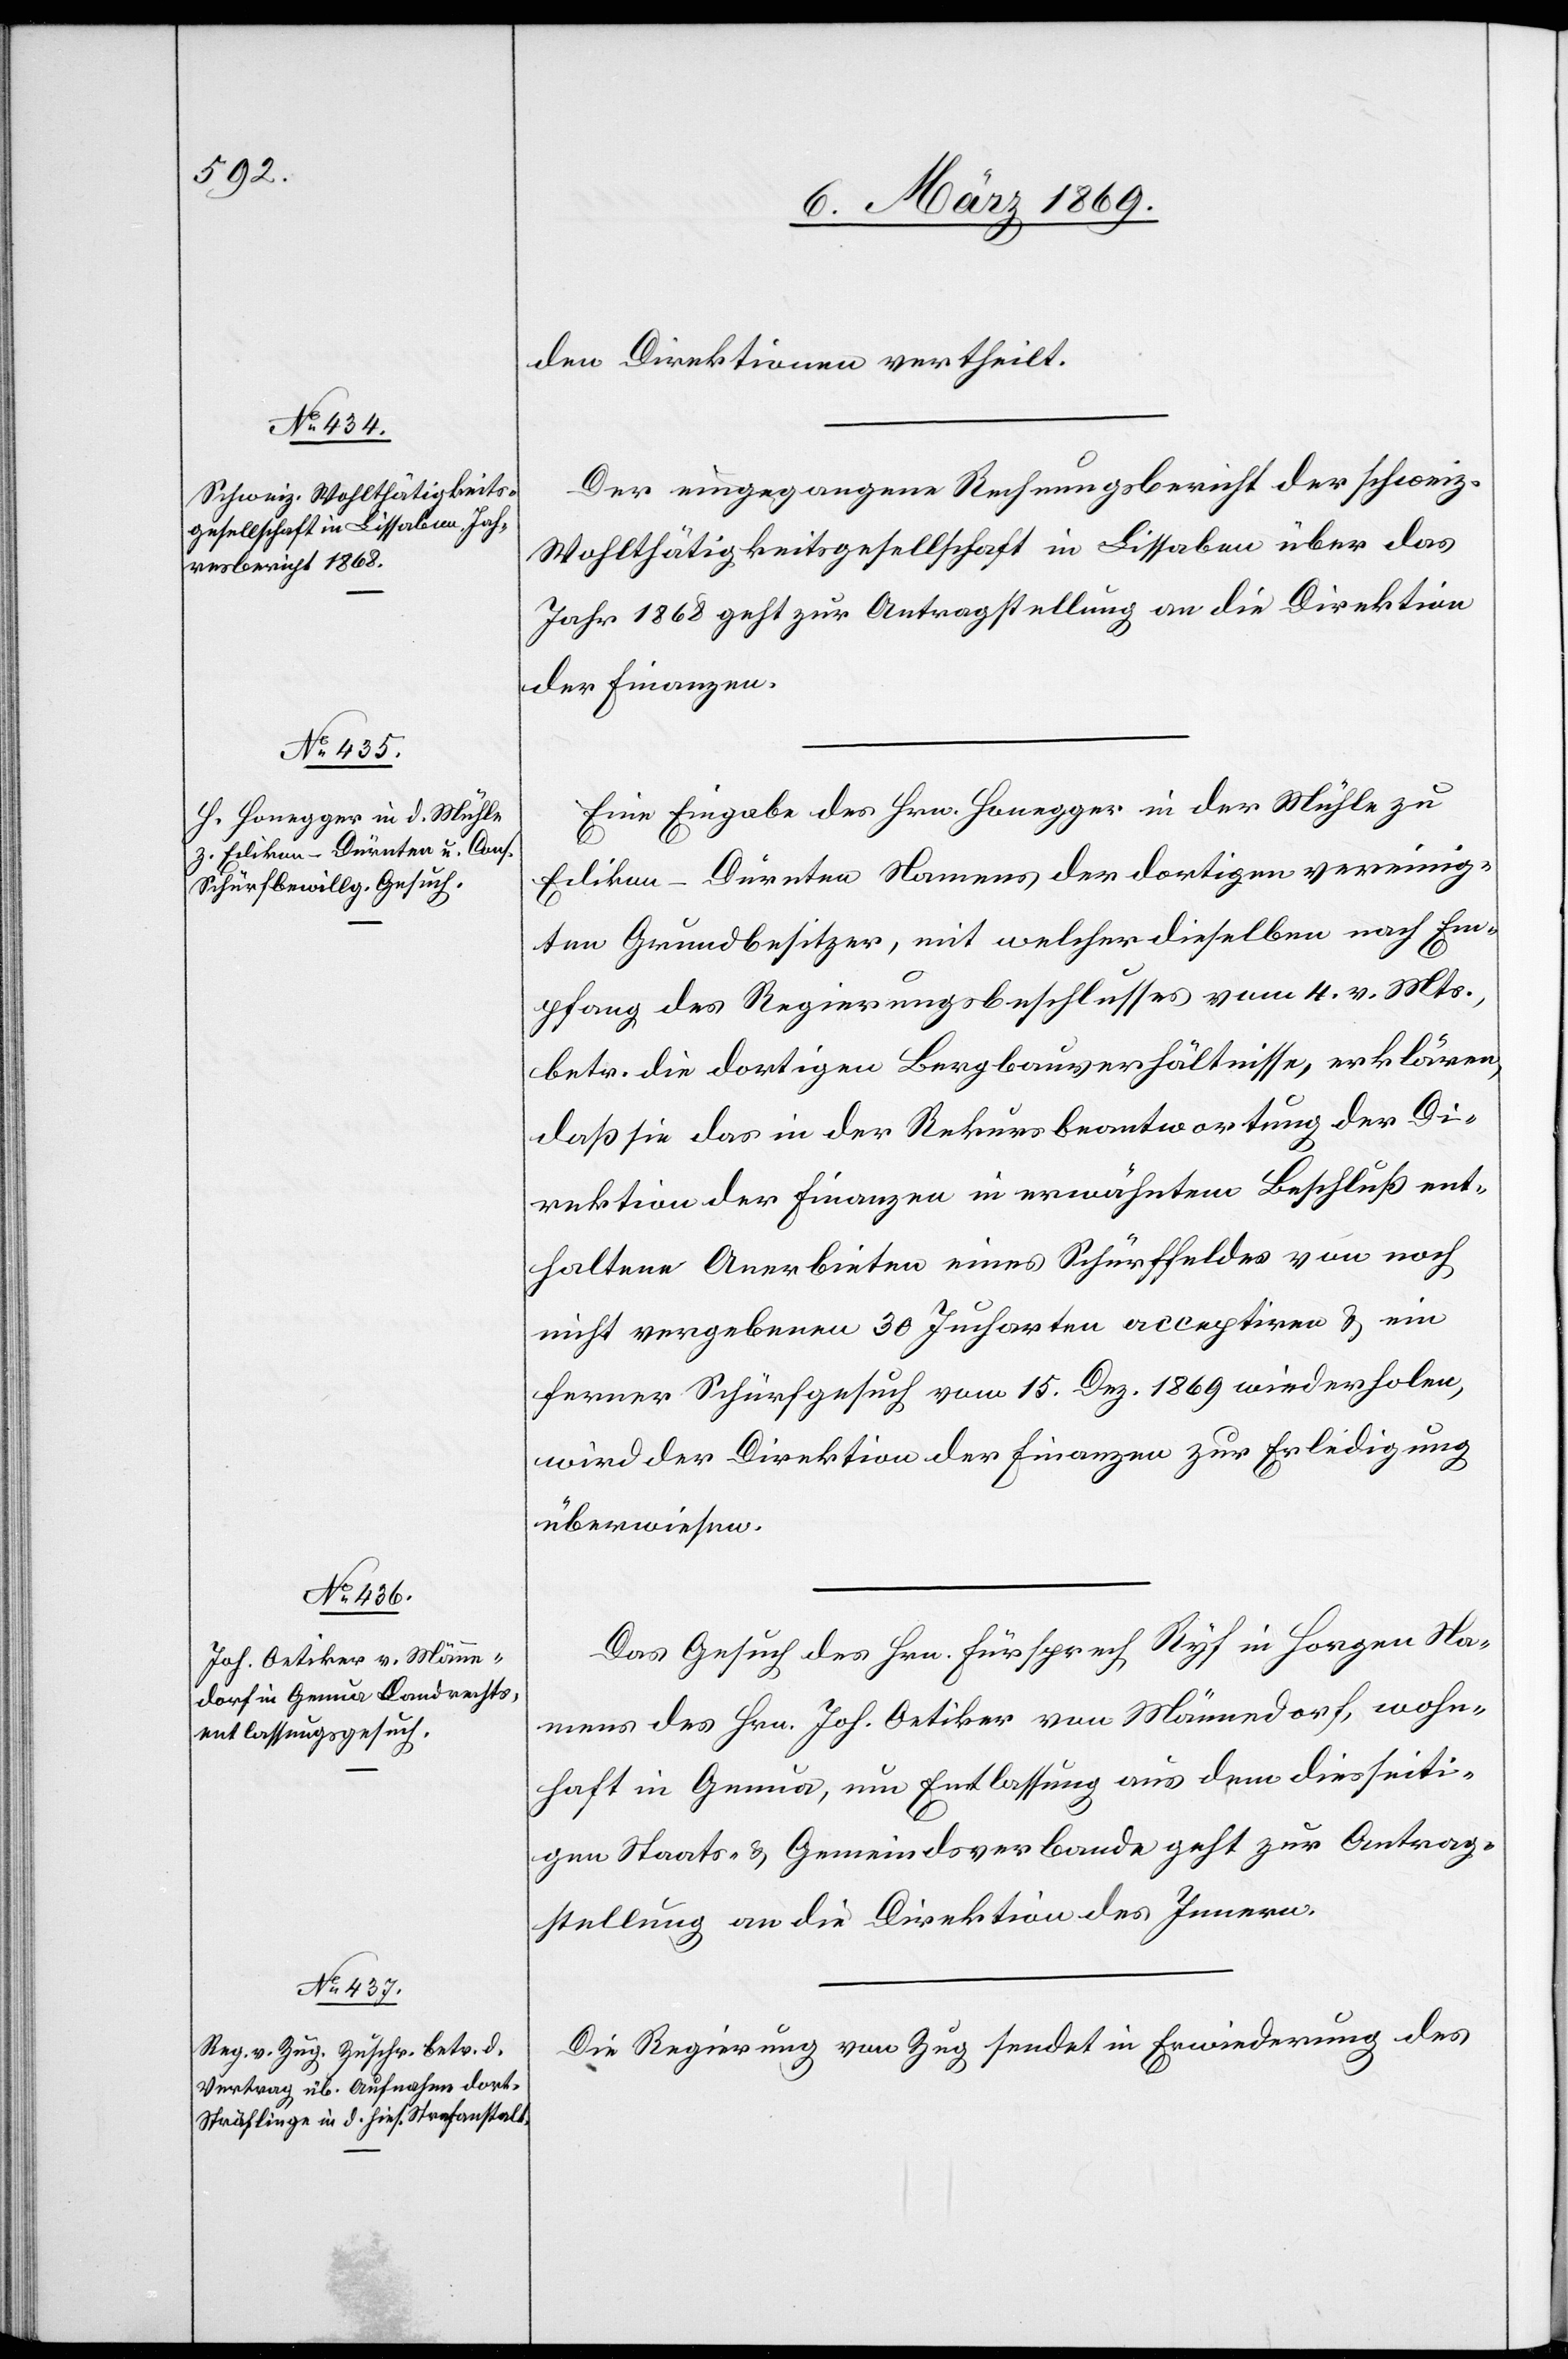
9. März 1869.]
den Direktionen vertheilt.
Der eingegangene Rechnungsbericht der schweiz.
Wohlthätigkeitsgesellschaft in Lissabon über das
Jahr 1868 geht zur Antragstellung an die Direktion
der Finanzen.
Eine Eingabe des Hrn. Honegger in der Mühle zu
Edikon–Dürnten Namens der dortigen vereinig¬
ten Grundbesitzer, mit welcher dieselben nach Em¬
pfang des Regierungsbeschlusses vom 4. v. Mts.,
betr. die dortigen Bergbauverhältnisse, erklären,
daß sie das in der Rekursbeantwortung der Di¬
rektion der Finanzen in erwähntem Beschluß ent¬
haltene Anerbieten eines Schürffeldes von noch
nicht vergebenen 30 Jucharten acceptiren & ein
ferner Schürfgesuch vom 15. Dez. 1869 wiederholen,
wird der Direktion der Finanzen zur Erledigung
überwiesen.
Das Gesuch des Hrn. Fürsprech Ryf in Horgen Na¬
mens des Hrn. Joh. Oetiker von Männedorf, wohn¬
haft in Genua, um Entlassung aus dem diesseiti¬
gen Staats- & Gemeindsverbande geht zur Antrag¬
stellung an die Direktion des Innern.
Die Regierung von Zug sendet in Erwiederung des